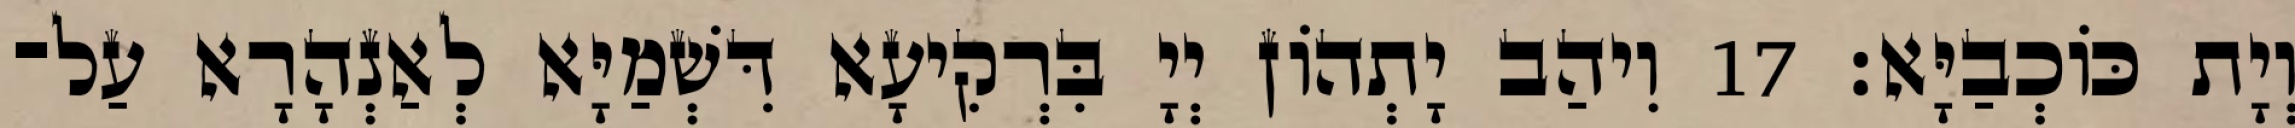
וְיָת כּוֹכְבַיָּא׃ 17 וִיהַב יָתְהוֹן יְיָ בִּרְקִיעָא דִּשְׁמַיָּא לְאַנְהָרָא עַל־